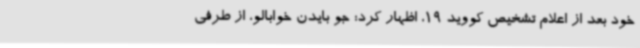
خود بعد از اعلام تشخیص کووید 19، اظهار کرد: جو بایدن خوابالو، از طرفی